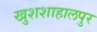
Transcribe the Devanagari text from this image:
खुशशाहालपुर